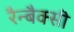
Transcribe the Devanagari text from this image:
रैन्बैक्सी